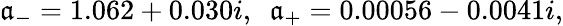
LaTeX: \mathfrak{a}_{-}=1.062+0.030i,\ \ \mathfrak{a}_{+}=0.00056-0.0041i,